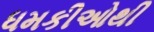
ધમકીઓથી